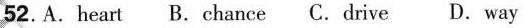
52. A. heart B. chance C. drive D. way